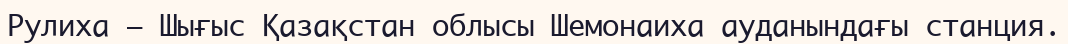
Рулиха — Шығыс Қазақстан облысы Шемонаиха ауданындағы станция.